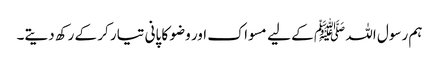
ہم رسول اللہ ﷺ کے لیے مسواک اور وضو کا پانی تیار کر کے رکھ دیتے۔